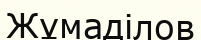
Жұмаділов